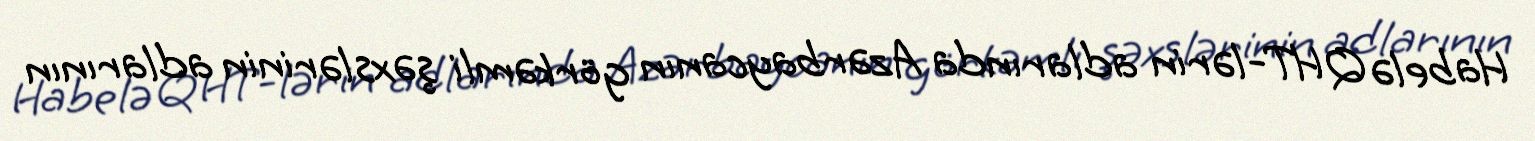
Habelə QHT-lərin adlarında Azərbaycanın görkəmli şəxslərinin adlarının